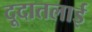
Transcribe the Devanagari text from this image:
दूदातलाई